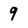
Character: 9